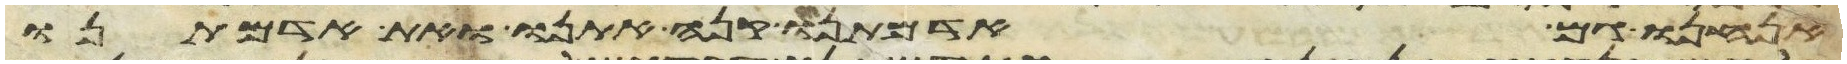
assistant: אנחנו גם אדמתנו קנה אתנו ואת אדמתנו